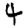
Digit: 4